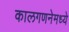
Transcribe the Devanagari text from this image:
कालगणनेमध्ये